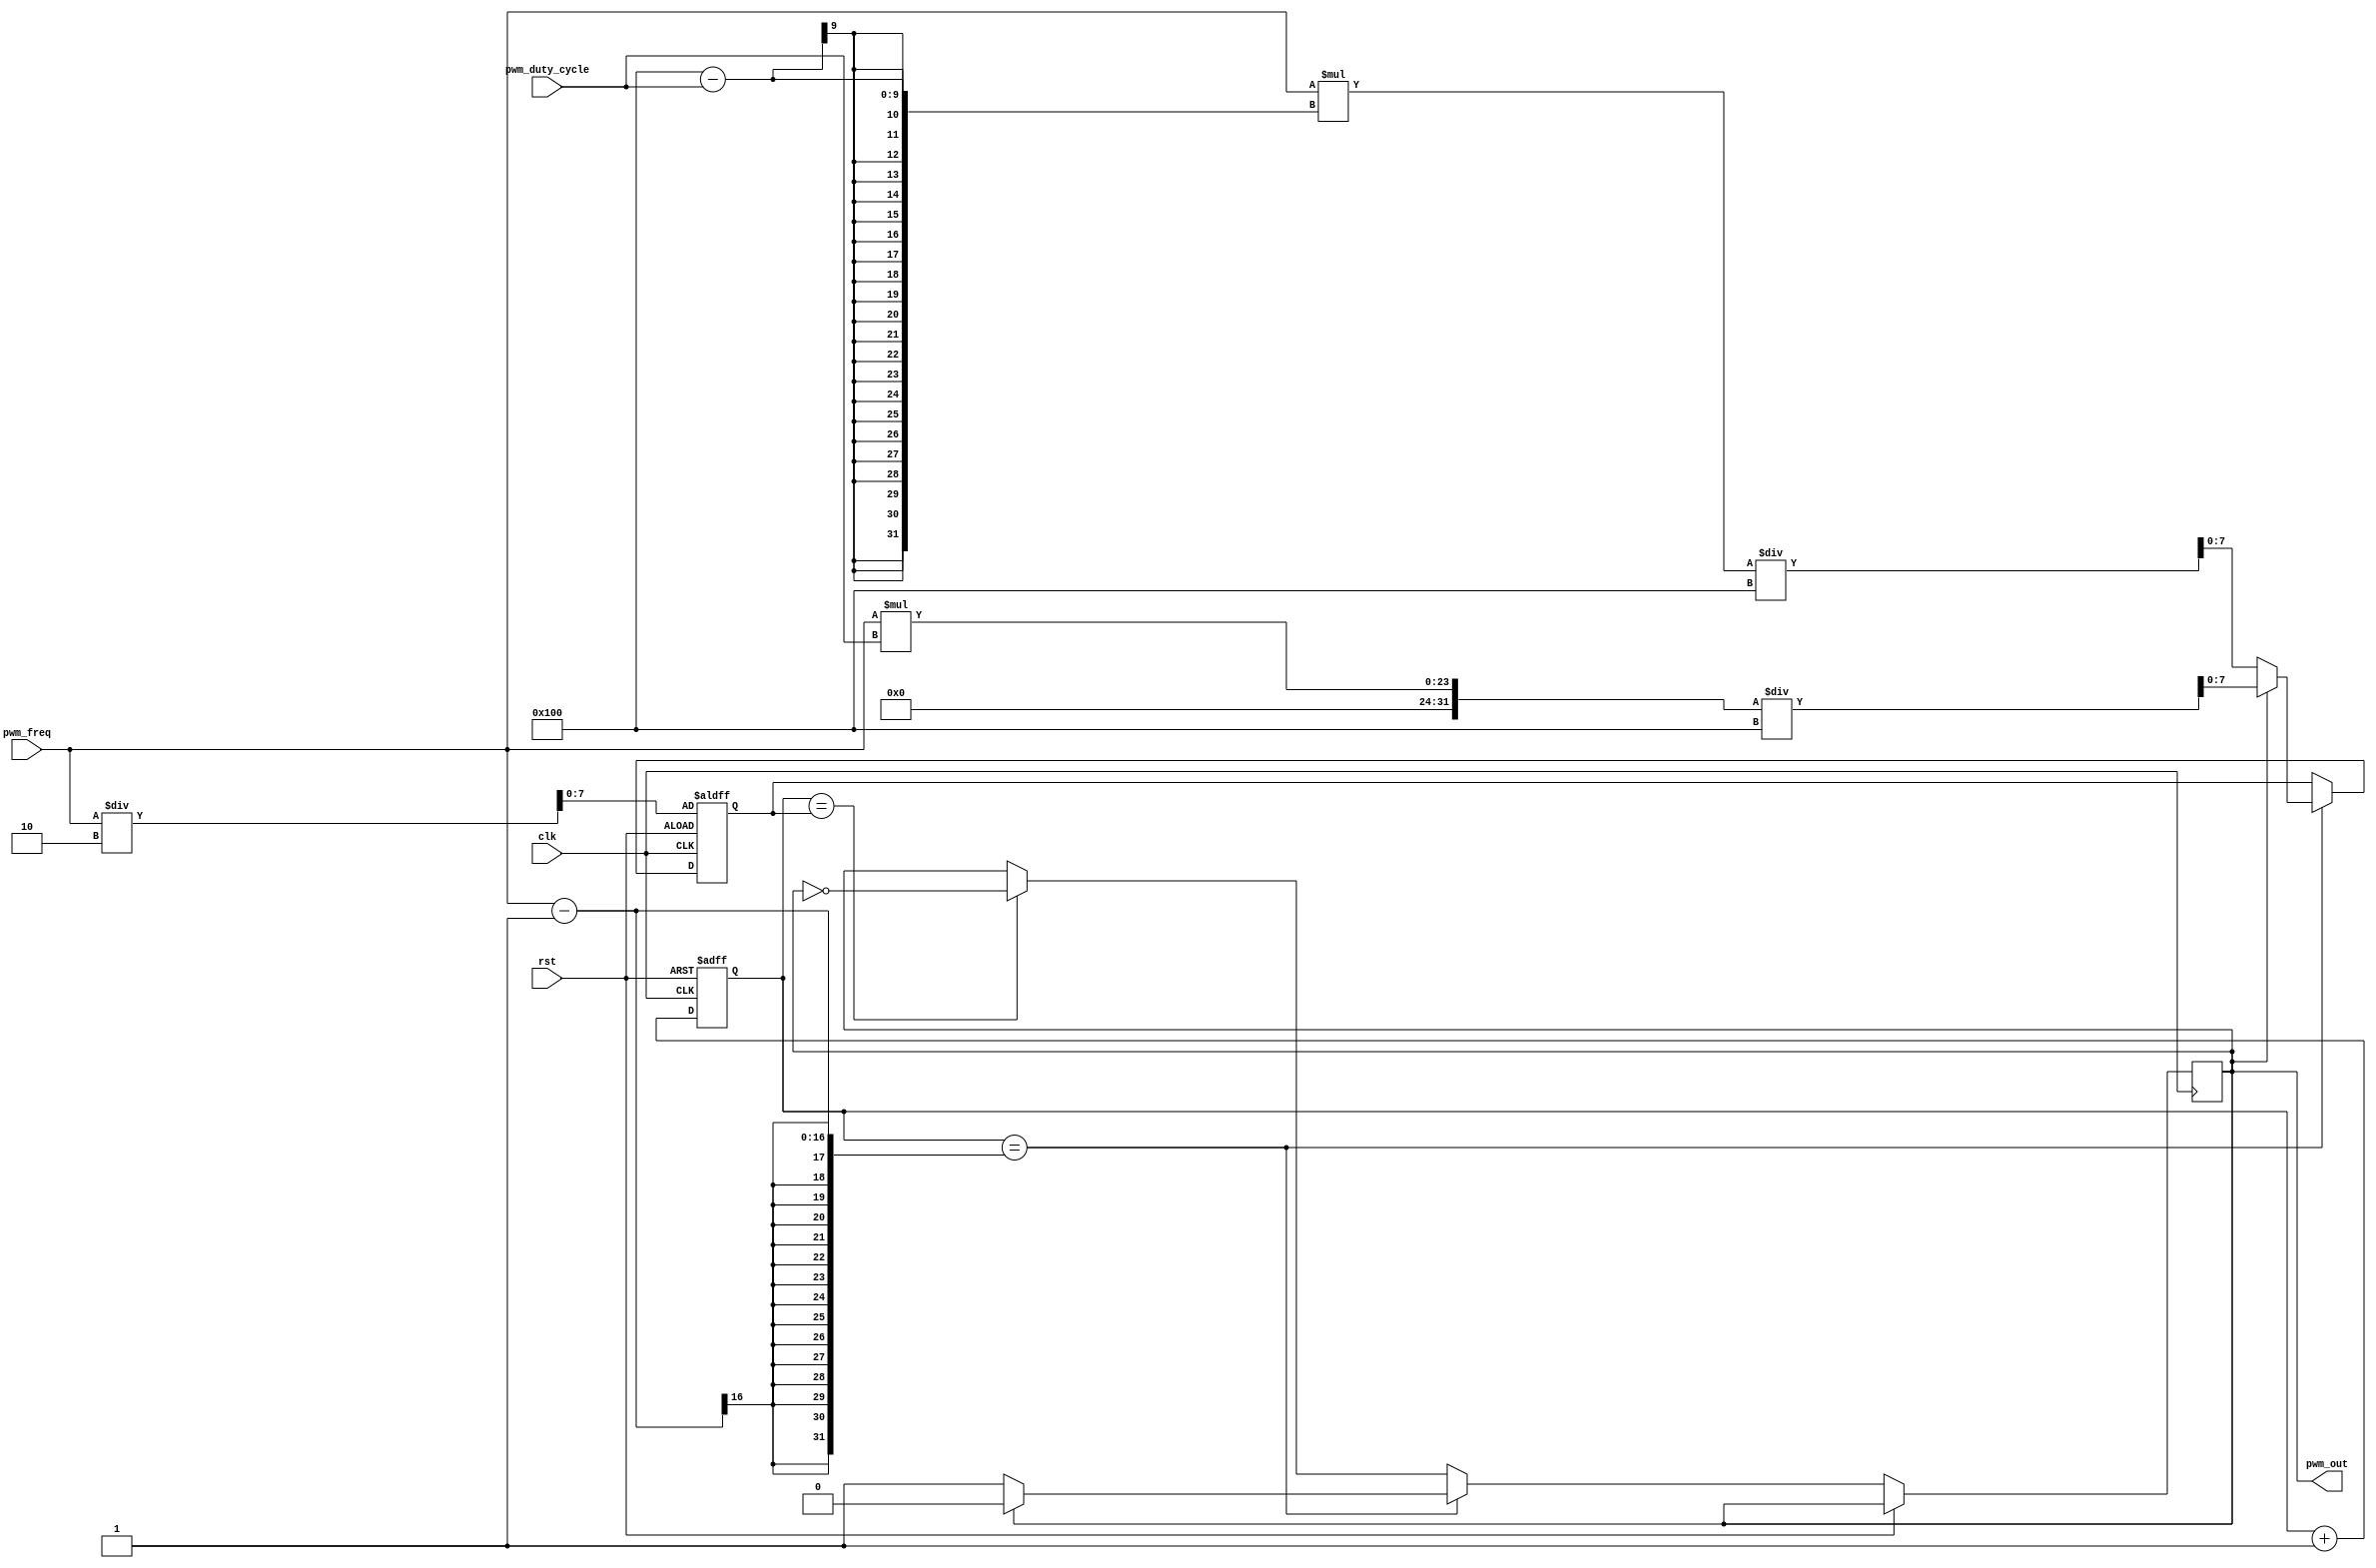
module pwm_generator (
    input wire clk,
    input wire rst,
    input wire [15:0] pwm_freq,
    input wire [7:0] pwm_duty_cycle,
    output reg pwm_out
);

reg [15:0] pwm_counter;
reg [7:0] pwm_threshold;

always @ (posedge clk or posedge rst) begin
    if (rst) begin
        pwm_counter <= 16'h0000;
        pwm_threshold <= pwm_freq / 2; // 50% duty cycle initially
    end else begin
        pwm_counter <= pwm_counter + 1;
        if (pwm_counter == pwm_freq - 1) begin
            if (pwm_out) begin
                pwm_out <= 0;
                pwm_threshold <= pwm_freq * pwm_duty_cycle / 256;
            end else begin
                pwm_out <= 1;
                pwm_threshold <= pwm_freq * (256 - pwm_duty_cycle) / 256;
            end
        end else if (pwm_counter == pwm_threshold) begin
            pwm_out <= !pwm_out;
        end
    end
end

endmodule